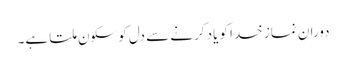
دورانِ نماز خدا کو یاد کرنے سے دل کو سکون ملتا ہے۔